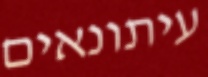
עיתונאים